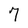
Character: 7